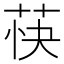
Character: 𬜴